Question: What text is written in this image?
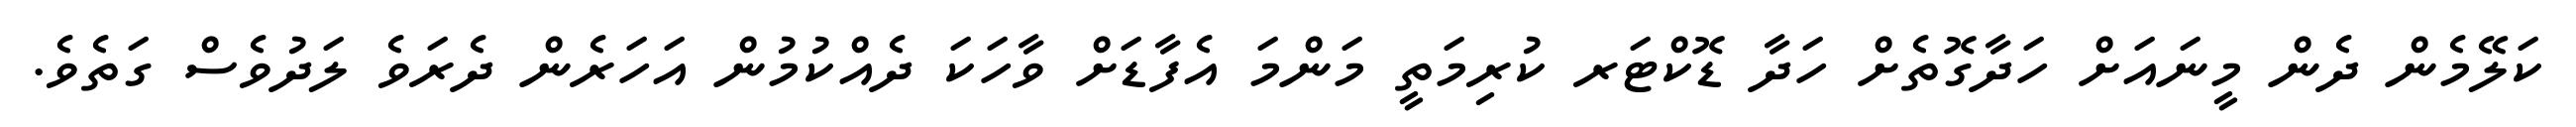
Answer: ކަލޭމެން ދެން މީނައަށް ހަދާގޮތެށް ހަދާ ޑޮކްޓަރ ކުރިމަތީ މަންމަ އެފާޑަށް ވާހަކަ ދެއްކުމުން އަހަރެން ދެރަވެ ލަދުވެސް ގަތެވެ.